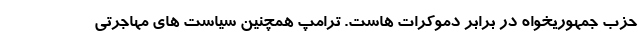
حزب جمهوریخواه در برابر دموکرات هاست. ترامپ همچنین سیاست های مهاجرتی